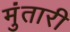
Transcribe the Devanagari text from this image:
मुंतारी